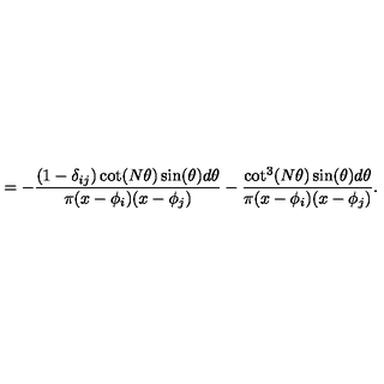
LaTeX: = - \frac { ( 1 - \delta _ { i j } ) \cot ( N \theta ) \sin ( \theta ) d \theta } { \pi ( x - \phi _ { i } ) ( x - \phi _ { j } ) } - \frac { \cot ^ { 3 } ( N \theta ) \sin ( \theta ) d \theta } { \pi ( x - \phi _ { i } ) ( x - \phi _ { j } ) } .